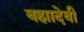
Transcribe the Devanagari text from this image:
बह्मादेवी